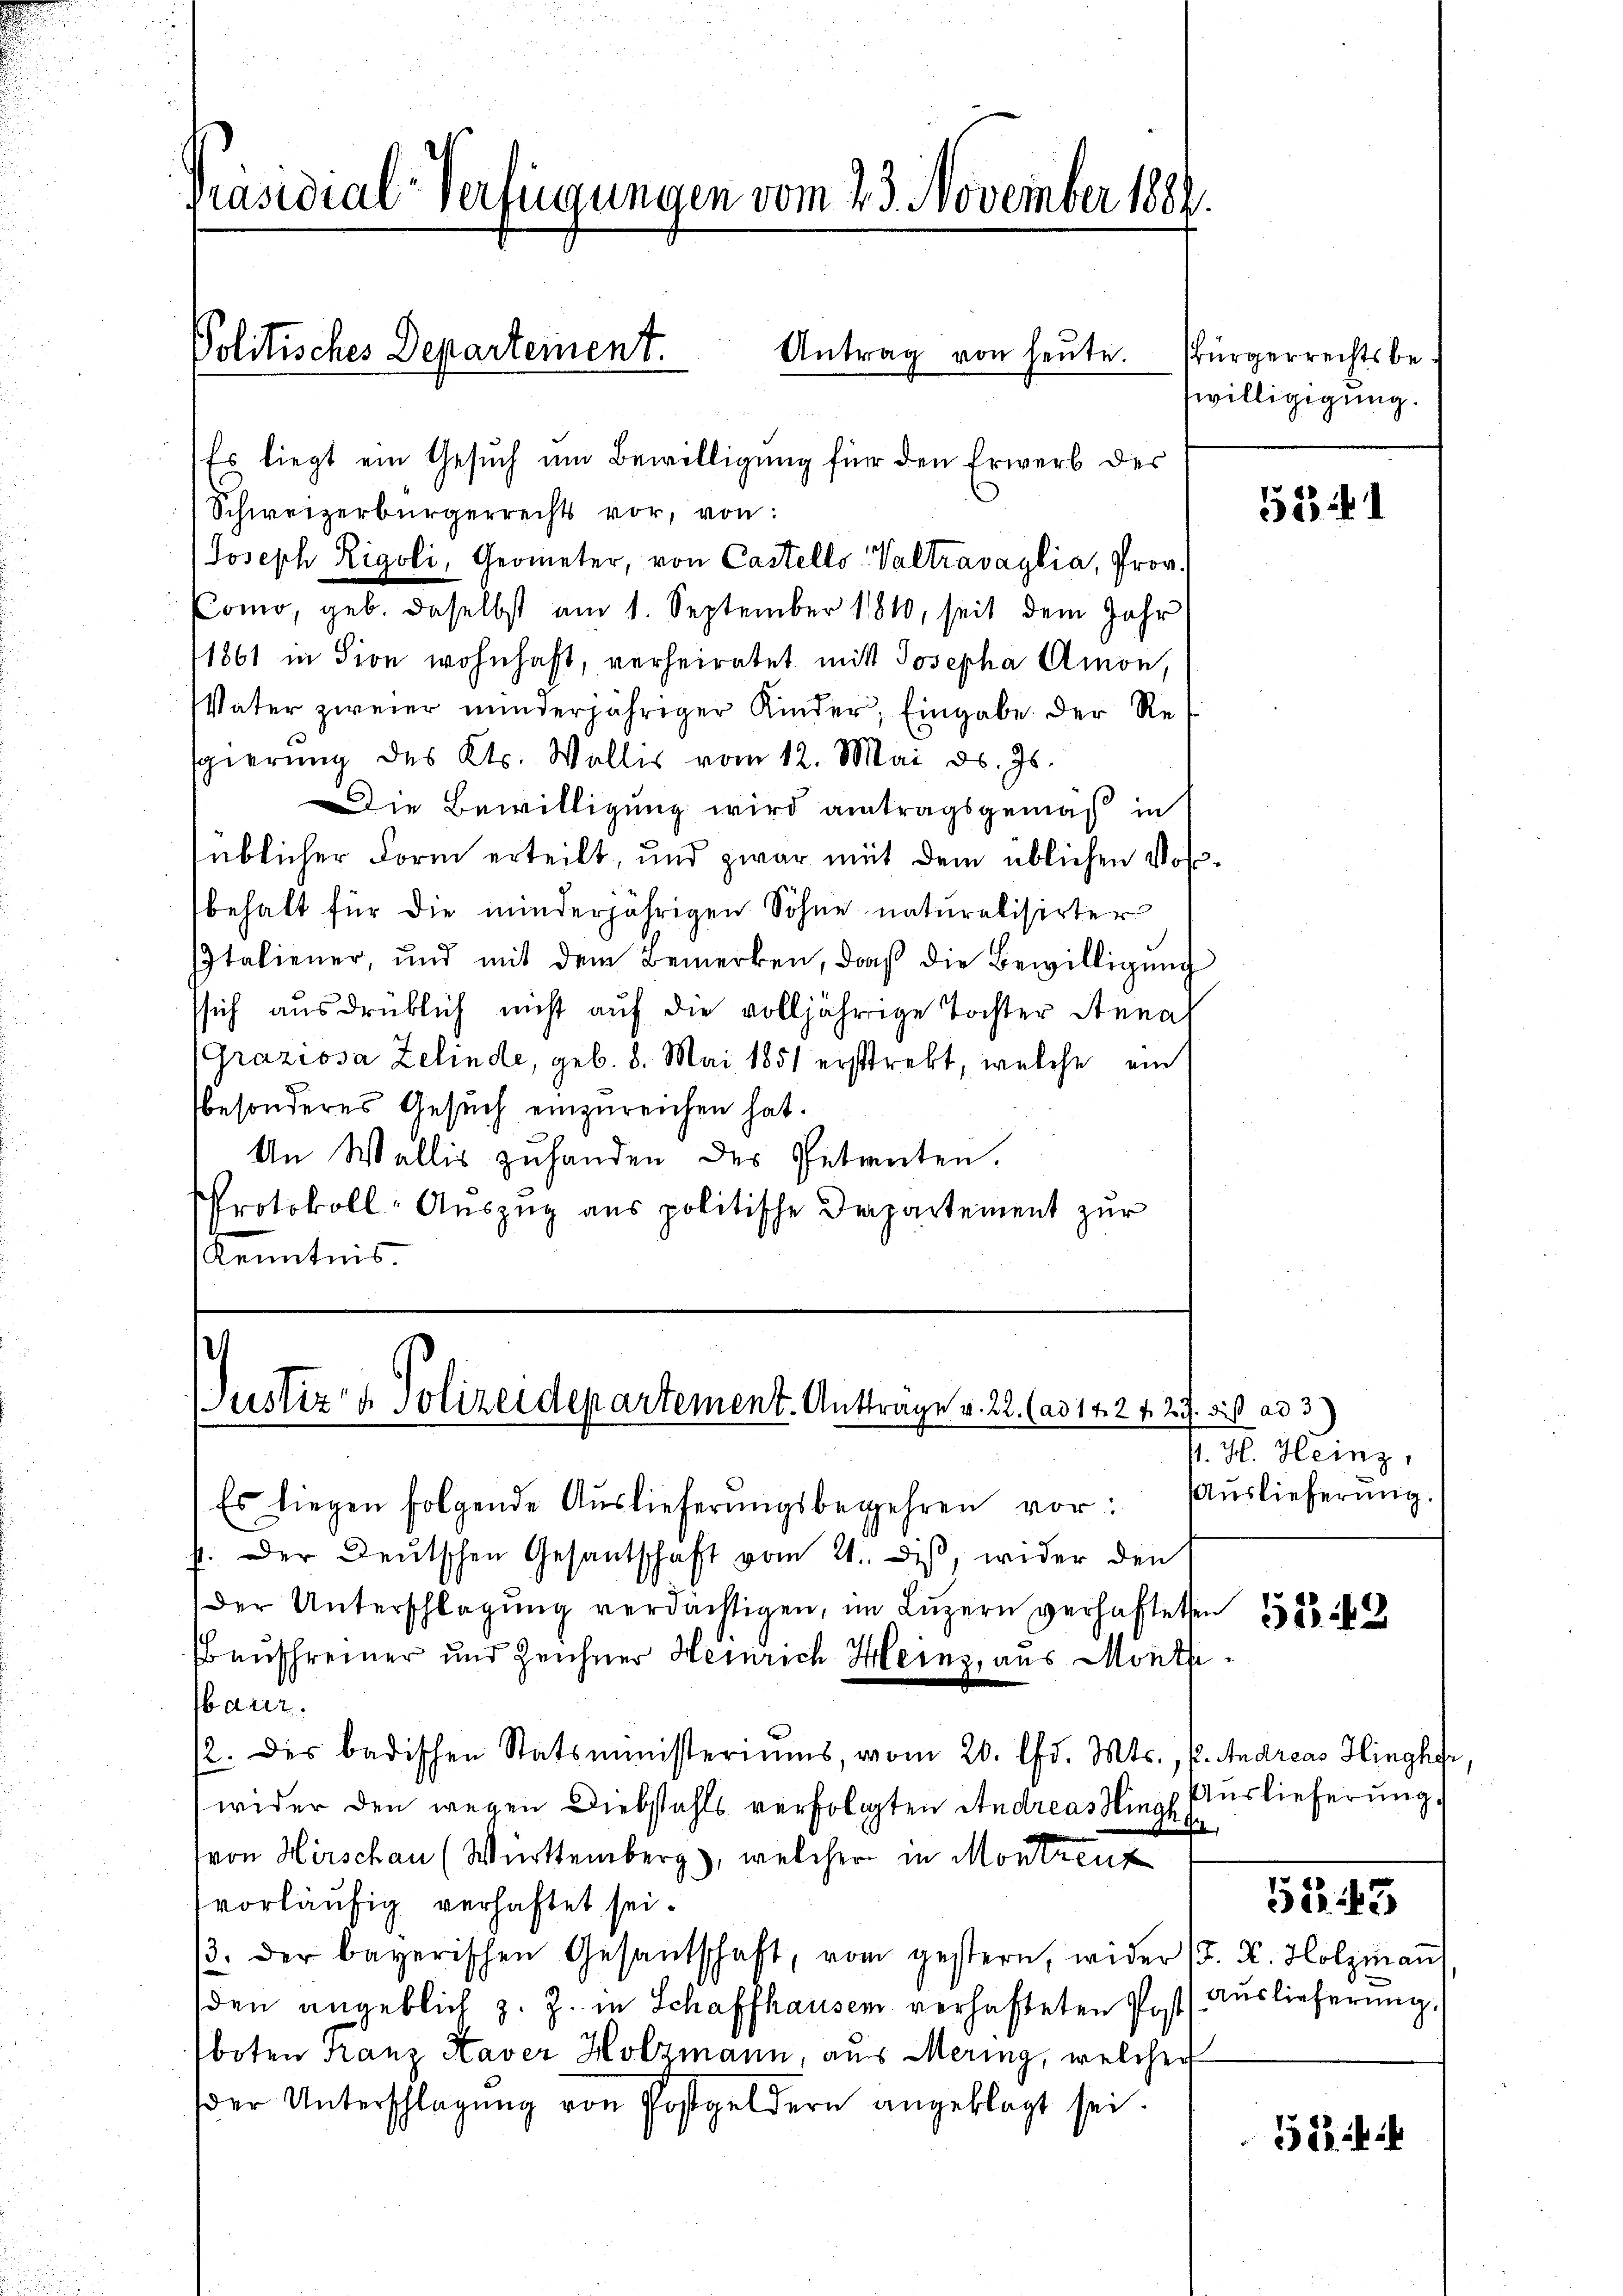
Präsidial-Verfügungen vom 23. November 1881
Politisches Departement.
Antrag von heŭte. Bürgerrechtsbe-

Es liegt ein Gesuch um Bewilligung für den Erwerb des
Schweizerbürgerrechts vor, von:
Joseph Rigoli, Geometer, von Castello-Valtravaglia, Prov.
Como, geb. daselbst am 1. September 1810, seit dem Jahr
1861 in sion wohnhaft, verheiratet mit Josepha Amon,
Vater zweier minderjähriger Kinder, Eingabe der Resgierung des Kts. Wallis vom 12. Mai d. Js.
Die Bewilligung wird antragsgemäß in
süblicher Form erteilt, und zwar mit dem üblichen Vorbehalt für die minderjährigen Söhne naturalisirter
IItaliener, und mit dem Bemerken, daß die Bewilligung
ssich ausdrüklich nicht auf die volljährige Tochter Anna
(Graziosa Zelinde, geb. 8. Mai 1851 erstrebt, welche ein
besonderes Gesuch einzureichen hat.
An Wallis zuhanden des Petrenten.
Protokoll-Auszug aus politische Departement zur
Kenntnis.

ustiz & Polizeidepartement. Anträge v. 22. (ad 142 f. 27. di ad 3)

Es liegen folgende Auslieferŭngsbegehren vor: Aŭslieferŭng.
p. Der Deutschen Gesantschaft vom 21. dis, wider den
der Unterschlagung verdächtigen, im Lŭzern verhafteten 1555 f
Bauschreiner und Zeichner Heinrich Heinz, aus Mont
bauer.
2. des badischen Statsministeriums, vom 20. d. Mts., P. Andreas Hinghfr,
wider den wegen Diebstahls verfolgten Andreas Hingha
von Hirschau (Württemberg), welcher in Montreux
vorläufig verhaftet sei.
β. der bayerischen Gesantschaft, vom gestern, wider (T. K. Holzman
den angeblich z. Z. in Schaffhausen verhafteten Post Auslieferung,
boten Franz Kaver Holzmann, aus Mering, welcher
der Unterschlagung von Postgeldern angeklagt sei.

willigigung.

534

. H. Heinz

Auslieferung

52. 43

512.